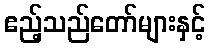
ဧည့်သည်တော်များနှင့်